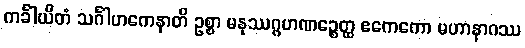
ကင်္ခါယိတံ သင်္ဂါဟကေနာတိ ဥစ္စာ မနုဿဂ္ဂဟဏဉ္စေတ္ထ ဧကေကော မဟာနာဂဿ